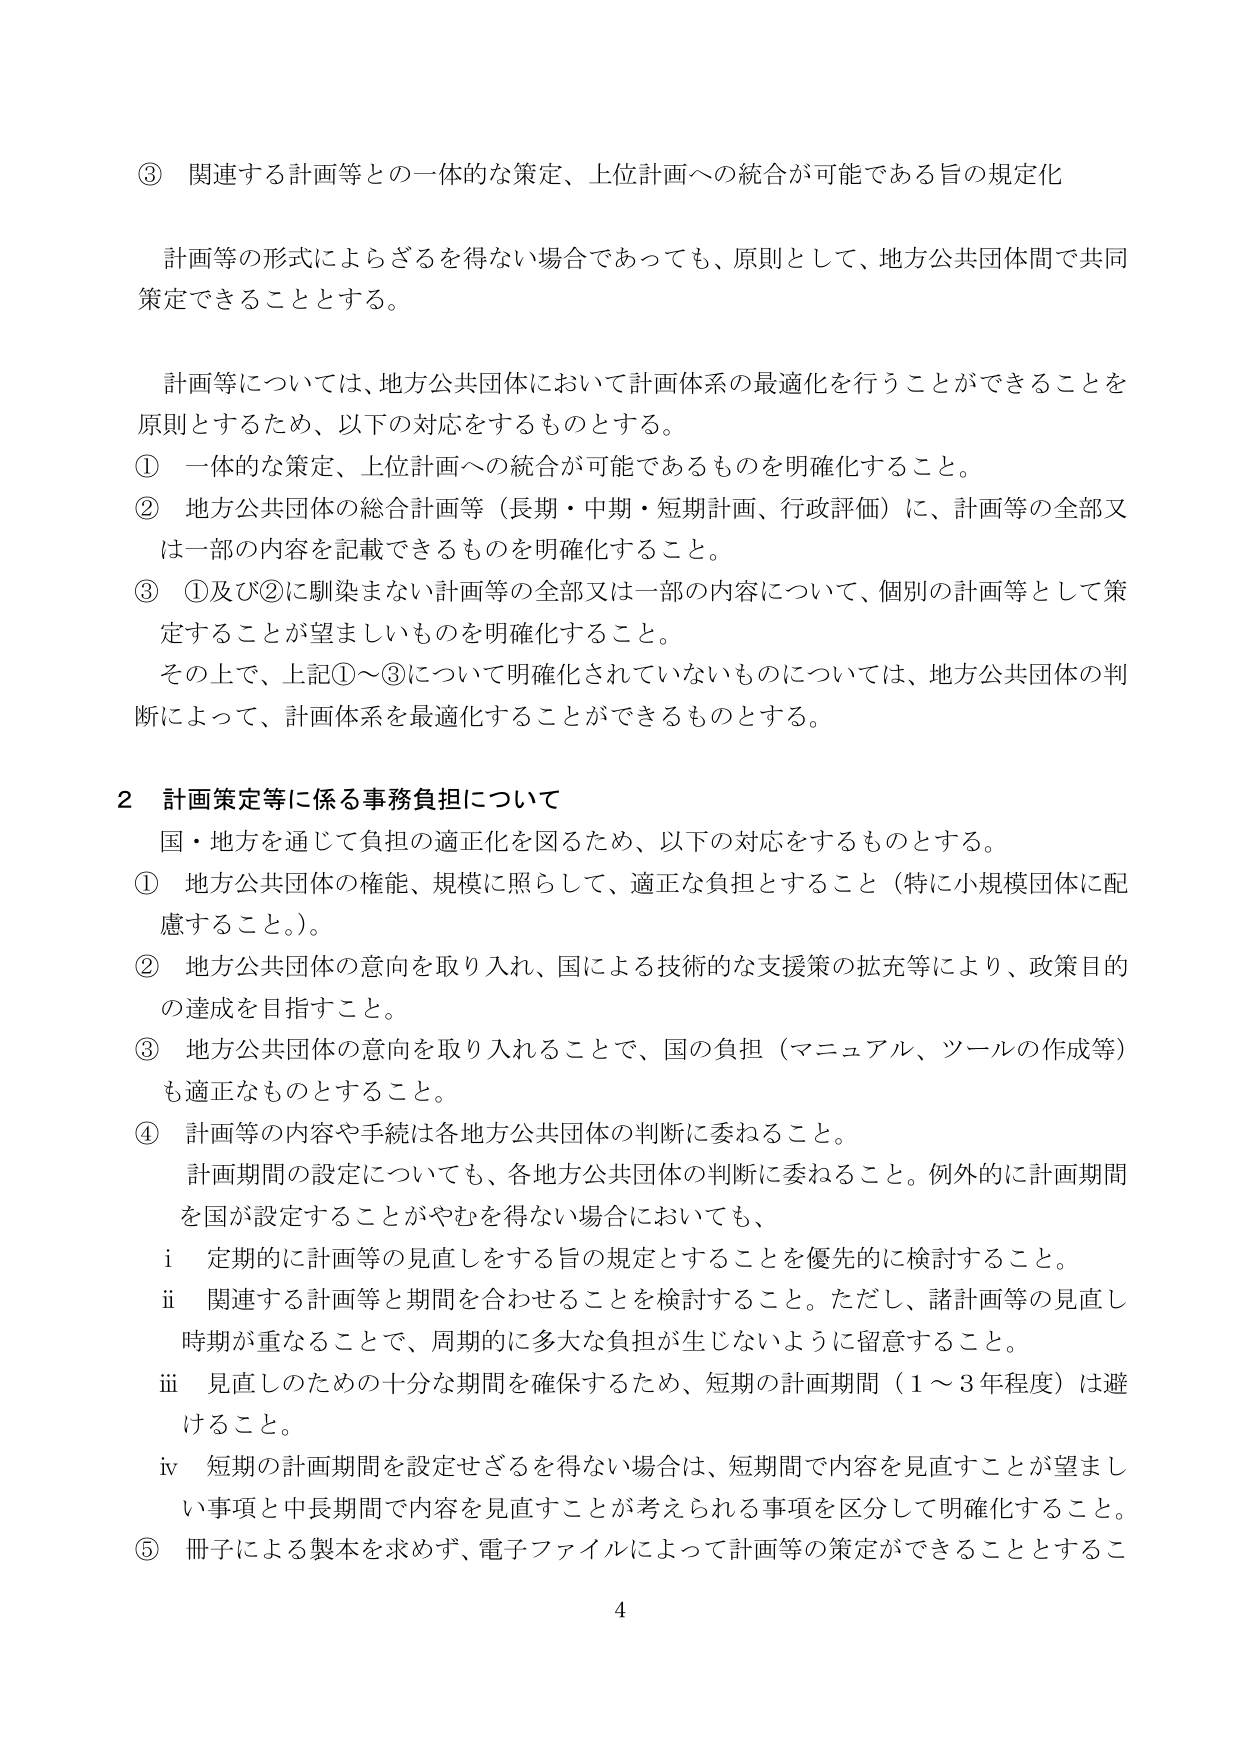
③ 関連する計画等との一体的な策定、上位計画への統合が可能である旨の規定化

計画等の形式によらざるを得ない場合であっても、原則として、地方公共団体間で共同策定できることとする。

計画等については、地方公共団体において計画体系の最適化を行うことができることを原則とするため、以下の対応をするものとする。
① 一体的な策定、上位計画への統合が可能であるものを明確化すること。
② 地方公共団体の総合計画等（長期・中期・短期計画、行政評価）に、計画等の全部又は一部の内容を記載できるものを明確化すること。
③ ①及び②に馴染まない計画等の全部又は一部の内容について、個別の計画等として策定することが望ましいものを明確化すること。
その上で、上記①～③について明確化されていないものについては、地方公共団体の判断によって、計画体系を最適化することができるものとする。

2 計画策定等に係る事務負担について

国・地方を通じて負担の適正化を図るため、以下の対応をするものとする。
① 地方公共団体の権能、規模に照らして、適正な負担とすること（特に小規模団体に配慮すること。）。
② 地方公共団体の意向を取り入れ、国による技術的な支援策の拡充等により、政策目的の達成を目指すこと。
③ 地方公共団体の意向を取り入れることで、国の負担（マニュアル、ツールの作成等）も適正なものとすること。
④ 計画等の内容や手続は各地方公共団体の判断に委ねること。
計画期間の設定についても、各地方公共団体の判断に委ねること。例外的に計画期間を国が設定することがやむを得ない場合においても、
i 定期的に計画等の見直しをする旨の規定とすることを優先的に検討すること。
ii 関連する計画等と期間を合わせることを検討すること。ただし、諸計画等の見直し時期が重なることで、周期的に多大な負担が生じないように留意すること。
iii 見直しのための十分な期間を確保するため、短期の計画期間（1～3年程度）は避けること。
iv 短期の計画期間を設定せざるを得ない場合は、短期間で内容を見直すことが望ましい事項と中長期間で内容を見直すことが考えられる事項を区分して明確化すること。
⑤ 冊子による製本を求めず、電子ファイルによって計画等の策定ができることとするこ

4